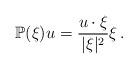
LaTeX: \begin{align*}\mathbb{P}(\xi)u=\frac{u\cdot \xi}{|\xi|^{2}}\xi\,.\end{align*}